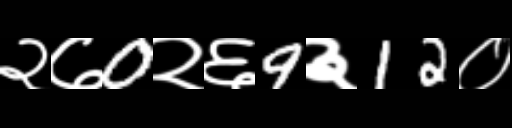
Text: २७0२६9३12०